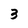
Character: 3